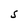
Character: S